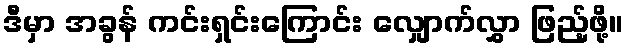
ဒီမှာ အခွန် ကင်းရှင်းကြောင်း လျှောက်လွှာ ဖြည့်ဖို့။